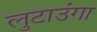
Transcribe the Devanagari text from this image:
लुटाउंगा